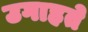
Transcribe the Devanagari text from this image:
उगाहते